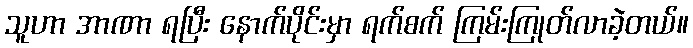
သူဟာ အာဏာ ရပြီး နောက်ပိုင်းမှာ ရက်စက် ကြမ်းကြုတ်လာခဲ့တယ်။